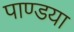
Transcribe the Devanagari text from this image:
पाण्डया